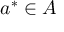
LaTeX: a ^ { * } \in A